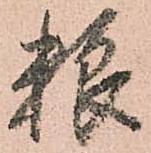
粮